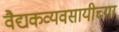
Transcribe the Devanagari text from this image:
वैद्यकव्यवसायीच्या